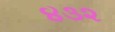
૪૩૨